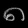
Digit: ၈